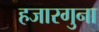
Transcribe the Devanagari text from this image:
हजारगुना